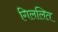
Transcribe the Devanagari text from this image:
गिललित